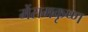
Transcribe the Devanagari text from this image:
मेंरामकृष्ण